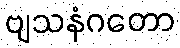
ဗျသနံဂတော